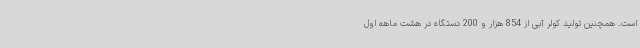
است. همچنین تولید کولر آبی از 854 هزار و 200 دستگاه در هشت ماهه اول